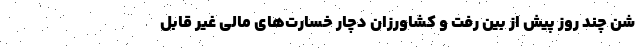
شن چند روز پیش از بین رفت و کشاورزان دچار خسارت‌های مالی غیر قابل